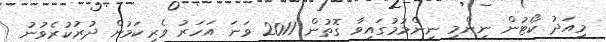
މިއަދު ކޯޓުން ނިންމި ނިންމުމުގައިވާ ގޮތުން 2011 ވަނަ އަހަރު ވެރިކަމުން ދުރުކުރެވުނު